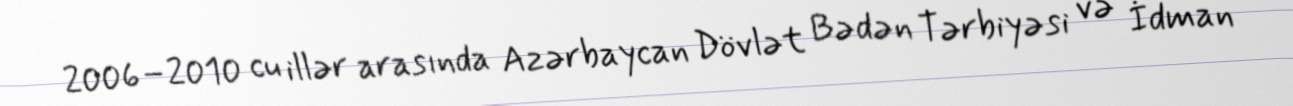
2006–2010 cu illər arasında Azərbaycan Dövlət Bədən Tərbiyəsi və İdman